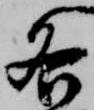
各